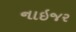
નાઇજર